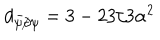
LaTeX: d _ { \bar { \psi } \not \partial \psi } = 3 - 2 3 / 3 \alpha ^ { 2 }